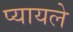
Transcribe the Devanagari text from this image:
प्यायले